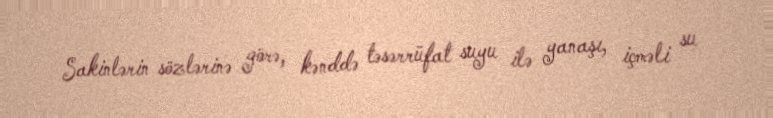
Sakinlərin sözlərinə görə, kənddə təsərrüfat suyu ilə yanaşı, içməli su